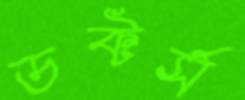
ডক্টর্স